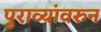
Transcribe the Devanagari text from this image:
पुराव्यांवरुन